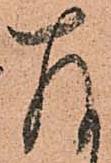
存